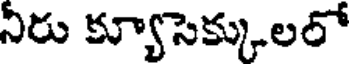
నిరు క్యూసెక్కులలో